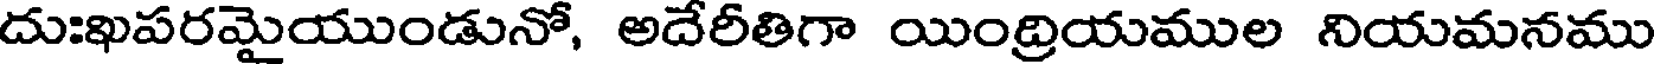
దుఃఖపరమైయుండునో, అదేరీతిగా యింద్రియముల నియమనము